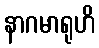
နာဂမာရုဟိ